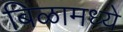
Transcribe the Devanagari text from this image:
बिळामध्ये